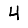
Digit: 4